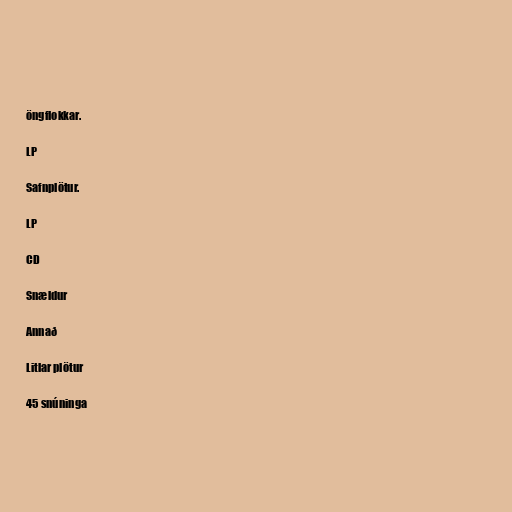
öngflokkar.

LP

Safnplötur.

LP

CD

Snældur

Annað

Litlar plötur

45 snúninga